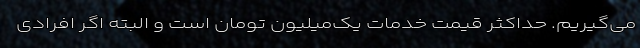
می‌گیریم. حداکثر قیمت خدمات یک‌میلیون تومان است و ‌البته اگر افرادی